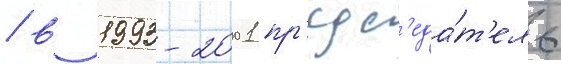
/ в 1993-2001 пр'едс'еда́т'ель